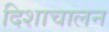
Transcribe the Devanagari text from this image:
दिशाचालन